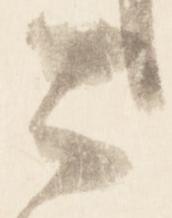
公